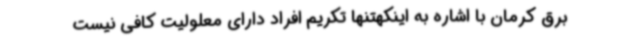
برق کرمان با اشاره به اینکهتنها تکریم افراد دارای معلولیت کافی نیست